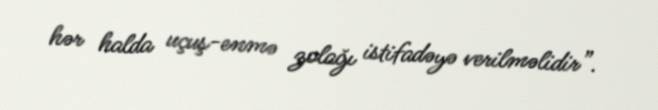
hər halda uçuş-enmə zolağı istifadəyə verilməlidir”.